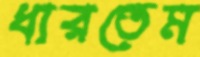
ধারতেম